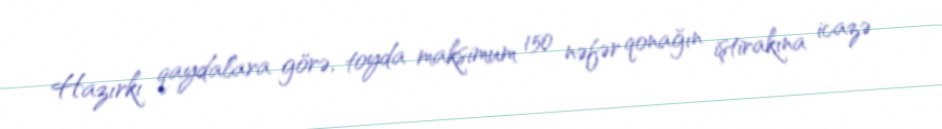
Hazırkı qaydalara görə, toyda maksimum 150 nəfər qonağın iştirakına icazə